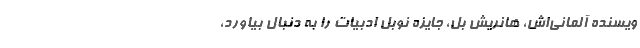
ویسنده آلمانی‌اش، هانریش بُل، جایزه نوبل ادبیات را به دنبال بیاورد،